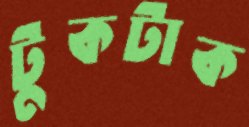
টুকটাক